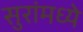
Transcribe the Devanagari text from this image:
सुरांमध्ये